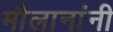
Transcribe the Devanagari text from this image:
मौलानांनी